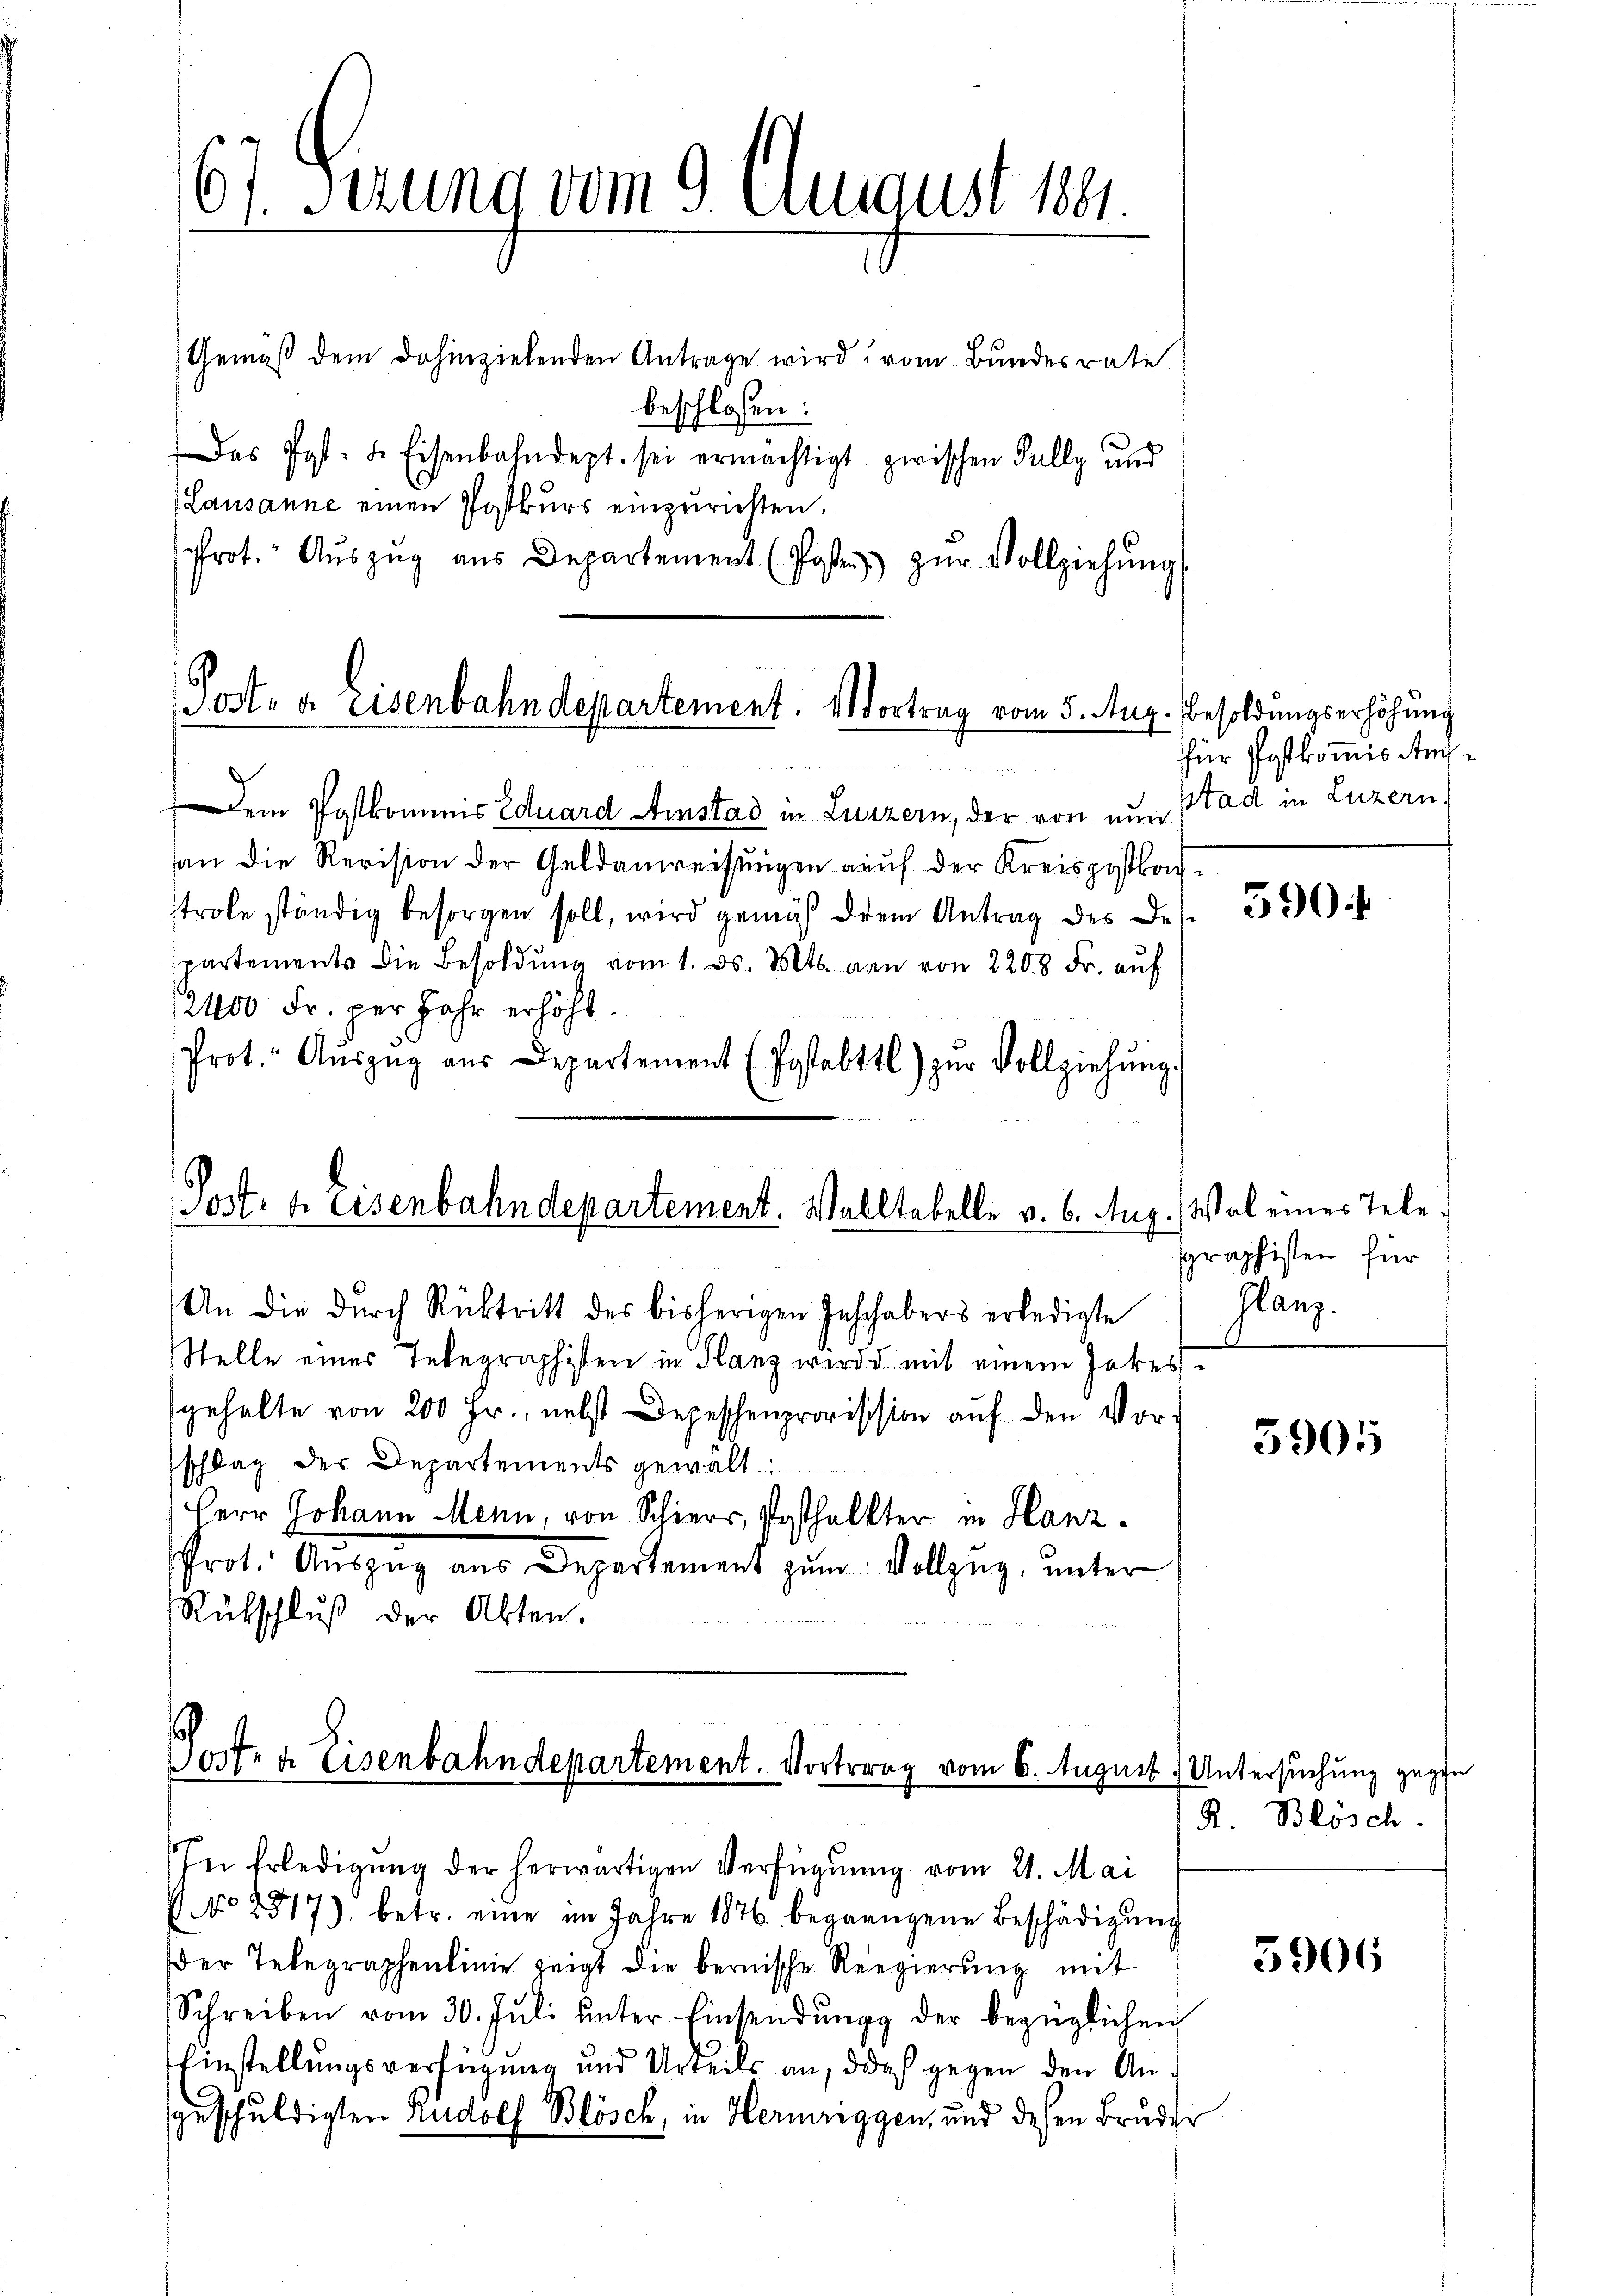
67. Serung vom 9. August 1891.

Post- u. Eisenbahndepartement. Vortrag vom 5. Aug.

Post- u. Eisenbahndepartement. Walltabelle v. 6. Aug. Wal eines Tele¬

Gemäß dem dahinzielenden Antrage wird vom Bundesrate
beschlossen:
Das Post. d. Eisenbahndept. sei ermächtigt zwischen Fally und
Lausanne einen Postkurs einzurichten.
rot. Aŭszŭg aŭs Departement (Posten zŭr Vollziehŭng

Dem Postkommnis Eduard Amstad in Luzern, der von nun stad in Luzern,
an die Revision der Geldanweisungen auf der Kreispostbachstrole ständig besorgen soll, wird gemäß dem Antrag des Desspartements die Besoldung vom 1. ds. Mts. den von 2200 Fr. auf
2400 Fr. per Jahr erhöht.
Prot. Aŭszŭg aŭs Departement (Postabttl) zŭr Vollziehŭng.

An die durch Rücktritt des bisherigen Inschabers erledigte
Stelle eines Telegraphisten in Glanz wird d mit einem Jakes.
gehalte von 200 Fr., nebst Depeschenprovission auf den Vorschlag der Departements gewalt
Herr Johann Menn, von Schier, Posthalter in Hanz¬
Prot. Auszug aus Departement zum Vollzug, unter
Rütschluß der Akten.

Jort- u. Eisenbahndepartement. Vortrag vom 6. August

Besoldungserhöhung
für Postkomis Ami¬

In Erledigŭng der herwärtigen Verfügung vom 21. Mai
No 2317), betr. eine im Jahre 1876 begrangene Beschädigŭng
der Telegraphenlinie zeigt die bernische Regierung mit
Schreiben vom 30. Jŭli ŭnter Einsendŭng der bezüglichen
Einstellungsverfügung und Urteils an, doch gegen den Ananschuldigten Rudolf Blösch, in Hermriggen, und dessen Bruder
.

59

graphisten für
flanz.

3905

Untersuchung gegen
R. Blösch

3906